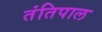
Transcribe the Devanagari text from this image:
तंतिपाल